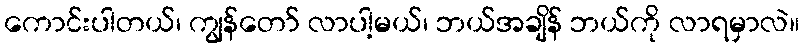
ကောင်းပါတယ်၊ ကျွန်တော် လာပါ့မယ်၊ ဘယ်အချိန် ဘယ်ကို လာရမှာလဲ။